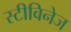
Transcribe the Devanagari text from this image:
स्टीविनेज